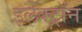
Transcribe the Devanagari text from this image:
इलेक्ट्राॅन